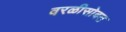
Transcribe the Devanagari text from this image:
वरळीसोबत